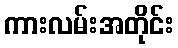
ကားလမ်းအတိုင်း